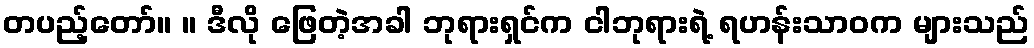
တပည့်တော်။ ။ ဒီလို ဖြေတဲ့အခါ ဘုရားရှင်က ငါဘုရားရဲ့ ရဟန်းသာဝက များသည်